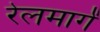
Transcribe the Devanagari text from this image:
रेलमार्गं